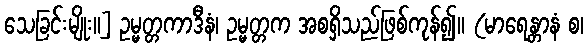
သေခြင်းမျိုး။] ဥမ္မတ္တကာဒီနံ၊ ဥမ္မတ္တက အစရှိသည်ဖြစ်ကုန်၍။ (မာရေန္တာနံ စ၊